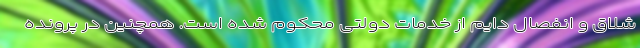
شلاق و انفصال دایم از خدمات دولتی محکوم شده است. همچنین در پرونده